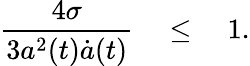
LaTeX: {\frac{4\sigma}{3a^{2}(t)\dot{a}(t)}}\quad\le\quad 1.